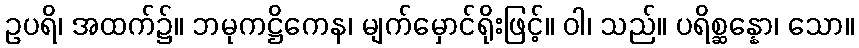
ဥပရိ၊ အထက်၌။ ဘမုကဋ္ဌိကေန၊ မျက်မှောင်ရိုးဖြင့်။ ဝါ၊ သည်။ ပရိစ္ဆန္နော၊ သော။